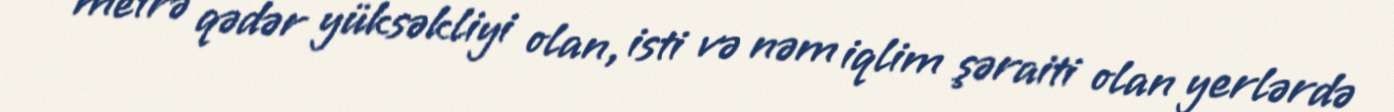
metrə qədər yüksəkliyi olan, isti və nəm iqlim şəraiti olan yerlərdə